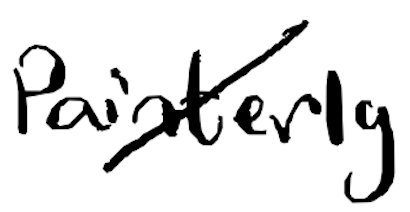
Text: painterly
Cross-out: diagonal
Writing tool: digital_black